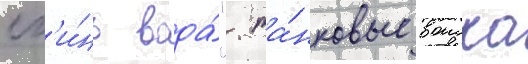
сг'и́нь вода́". та́нковые воиска